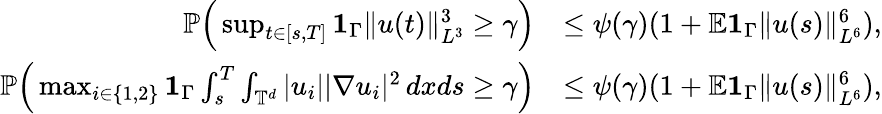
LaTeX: \begin{array}{rl}{{\mathbb P}\Big(\operatorname*{sup}_{t\in[s,T]}{{\mathbf 1}}_{\Gamma}\| u(t)\| _{L^{3}}^{3}\geq\gamma\Big)}&{\leq\psi(\gamma)(1+{\mathbb E}{{\mathbf 1}}_{\Gamma}\| u(s)\| _{L^{6}}^{6}),}\\ {{\mathbb P}\Big(\operatorname*{max}_{i\in\{ 1,2\} }{{\mathbf 1}}_{\Gamma}\int_{s}^{T}\int_{\mathbb{T}^{d}}|u_{i}||\nabla u_{i}|^{2}\, dxds\geq\gamma\Big)}&{\leq\psi(\gamma)(1+{\mathbb E}{{\mathbf 1}}_{\Gamma}\| u(s)\| _{L^{6}}^{6}),}\end{array}